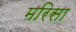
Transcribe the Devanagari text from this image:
मरिसा